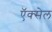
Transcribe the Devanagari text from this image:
ऍक्सेल